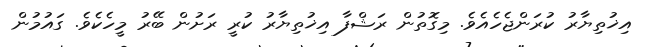
އިޚުތިޔާރު ކުރަންޖެހެއެވެ. މިގޮތުން ރަޝްފާ އިޚުތިޔާރު ކުރީ ރަށުން ބޭރު މީހެކެވެ. ގައުމުން